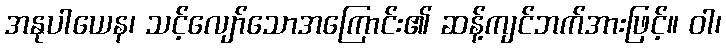
အနုပါယေန၊ သင့်လျော်သောအကြောင်း၏ ဆန့်ကျင်ဘက်အားဖြင့်။ ဝါ၊